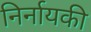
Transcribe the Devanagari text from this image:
निर्नायकी